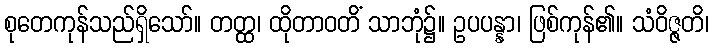
စုတေကုန်သည်ရှိသော်။ တတ္ထ၊ ထိုတာဝတိံ သာဘုံ၌။ ဥပပန္နာ၊ ဖြစ်ကုန်၏။ သံဝိဇ္ဇတိ၊